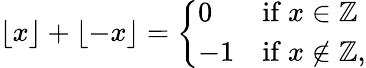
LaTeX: \lfloor x\rfloor+\lfloor-x\rfloor={\left\{ \begin{array}{ll}{0}&{{\mathrm{if~}}x\in\mathbb{Z}}\\ {-1}&{{\mathrm{if~}}x\not\in\mathbb{Z},}\end{array}\right.}